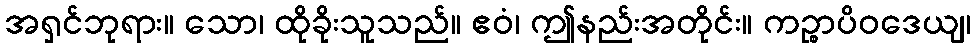
အရှင်ဘုရား။ သော၊ ထိုခိုးသူသည်။ ဧဝံ၊ ဤနည်းအတိုင်း။ ကဉ္စာပိဝဒေယျ၊